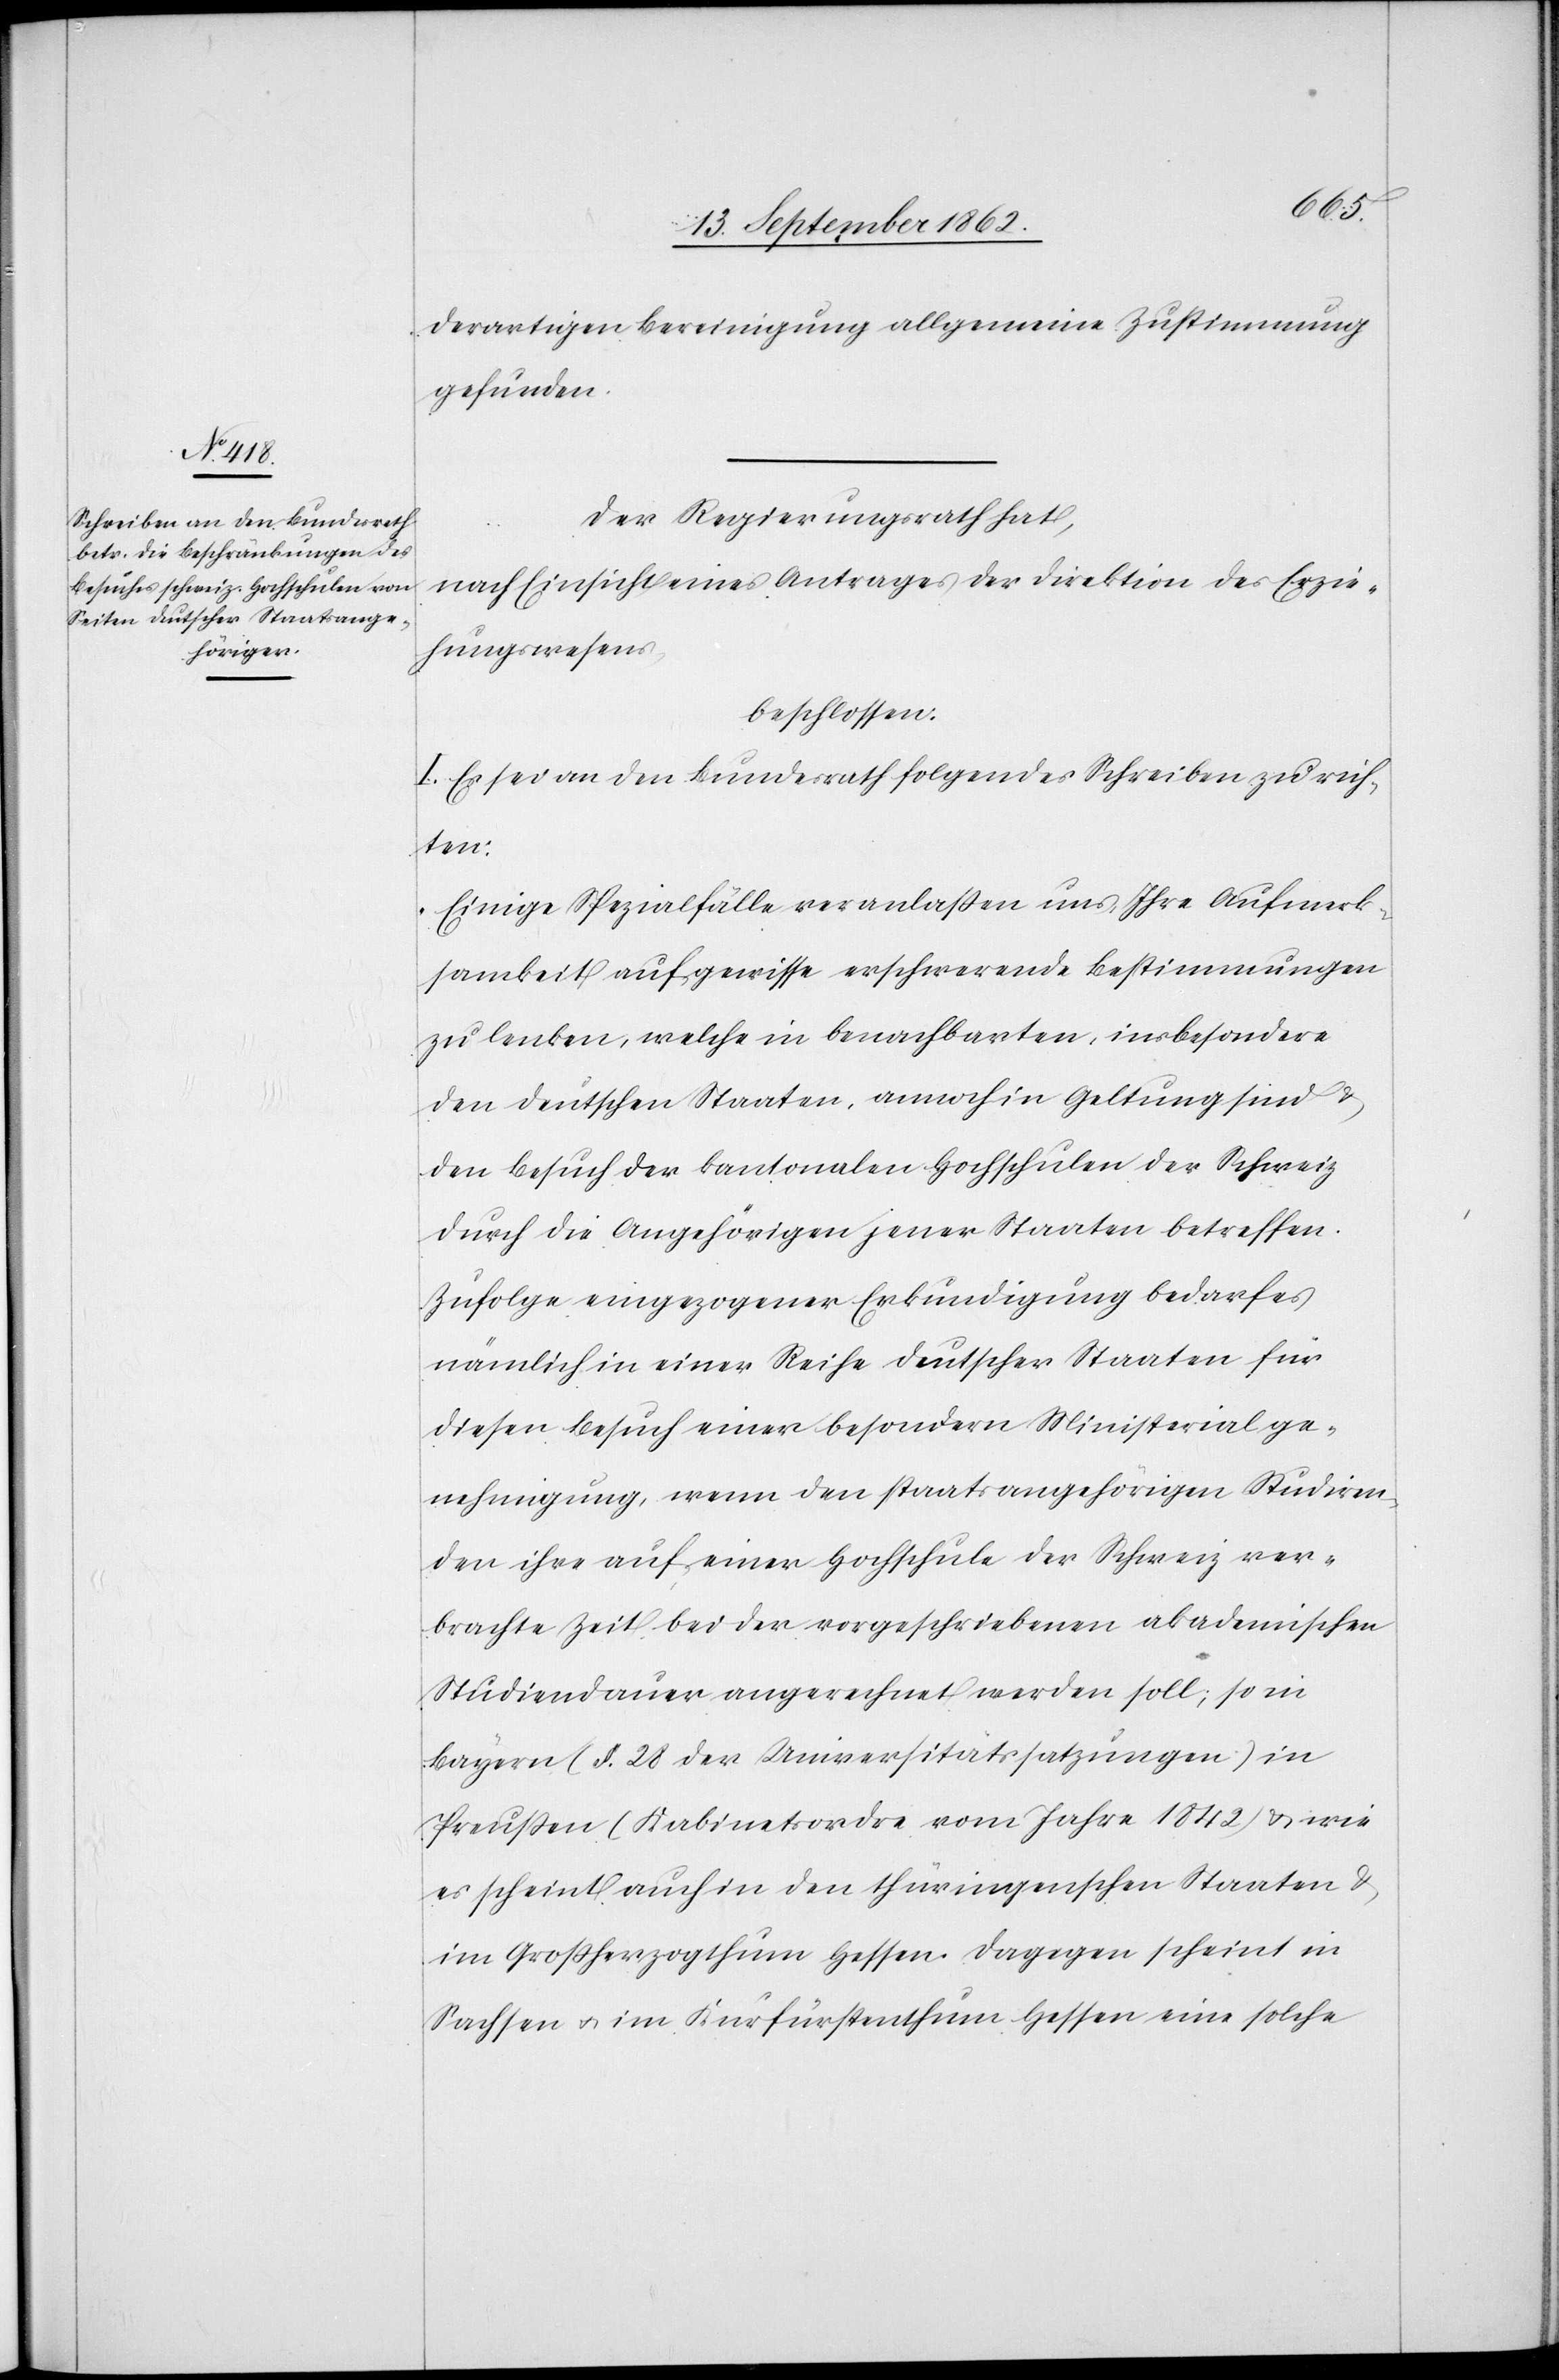
derartigen Bereinigung allgemeine Zustimmung
gefunden.
Der Regierungsrath hat,
nach Einsicht eines Antrages der Direktion des Erzie¬
hungswesens,
beschlossen:
I. Es sei an den Bundesrath folgendes Schreiben zu rich¬
ten:
„Einige Spezialfälle veranlaßen uns, Ihre Aufmerk¬
samkeit auf gewisse erschwerende Bestimmungen
zu lenken, welche in benachbarten, insbesondere
den deutschen Staaten, annoch in Geltung sind u.
den Besuch der kantonalen Hochschulen der Schweiz
durch die Angehörigen jener Staaten betreffen.
Zufolge eingezogener Erkundigung bedarf es
nämlich in einer Reihe deutscher Staaten für
diesen Besuch einer besondern Ministerialge¬
nehmigung, wenn den staatsangehörigen Studiren¬
den ihre auf einer Hochschule der Schweiz ver¬
brachte Zeit bei der vorgeschriebenen akademischen
Studiendauer angerechnet werden soll, so in
Bayern (§. 28 des Universitätssatzungen) in
Preußen (Kabinetsordre vom Jahr 1842) u. wie
es scheint auch in den thüringenschen Staaten u.
im Großherzogthum Hessen. Dagegen scheint in
Sachsen u. im Kurfürstenthum Hessen eine solche